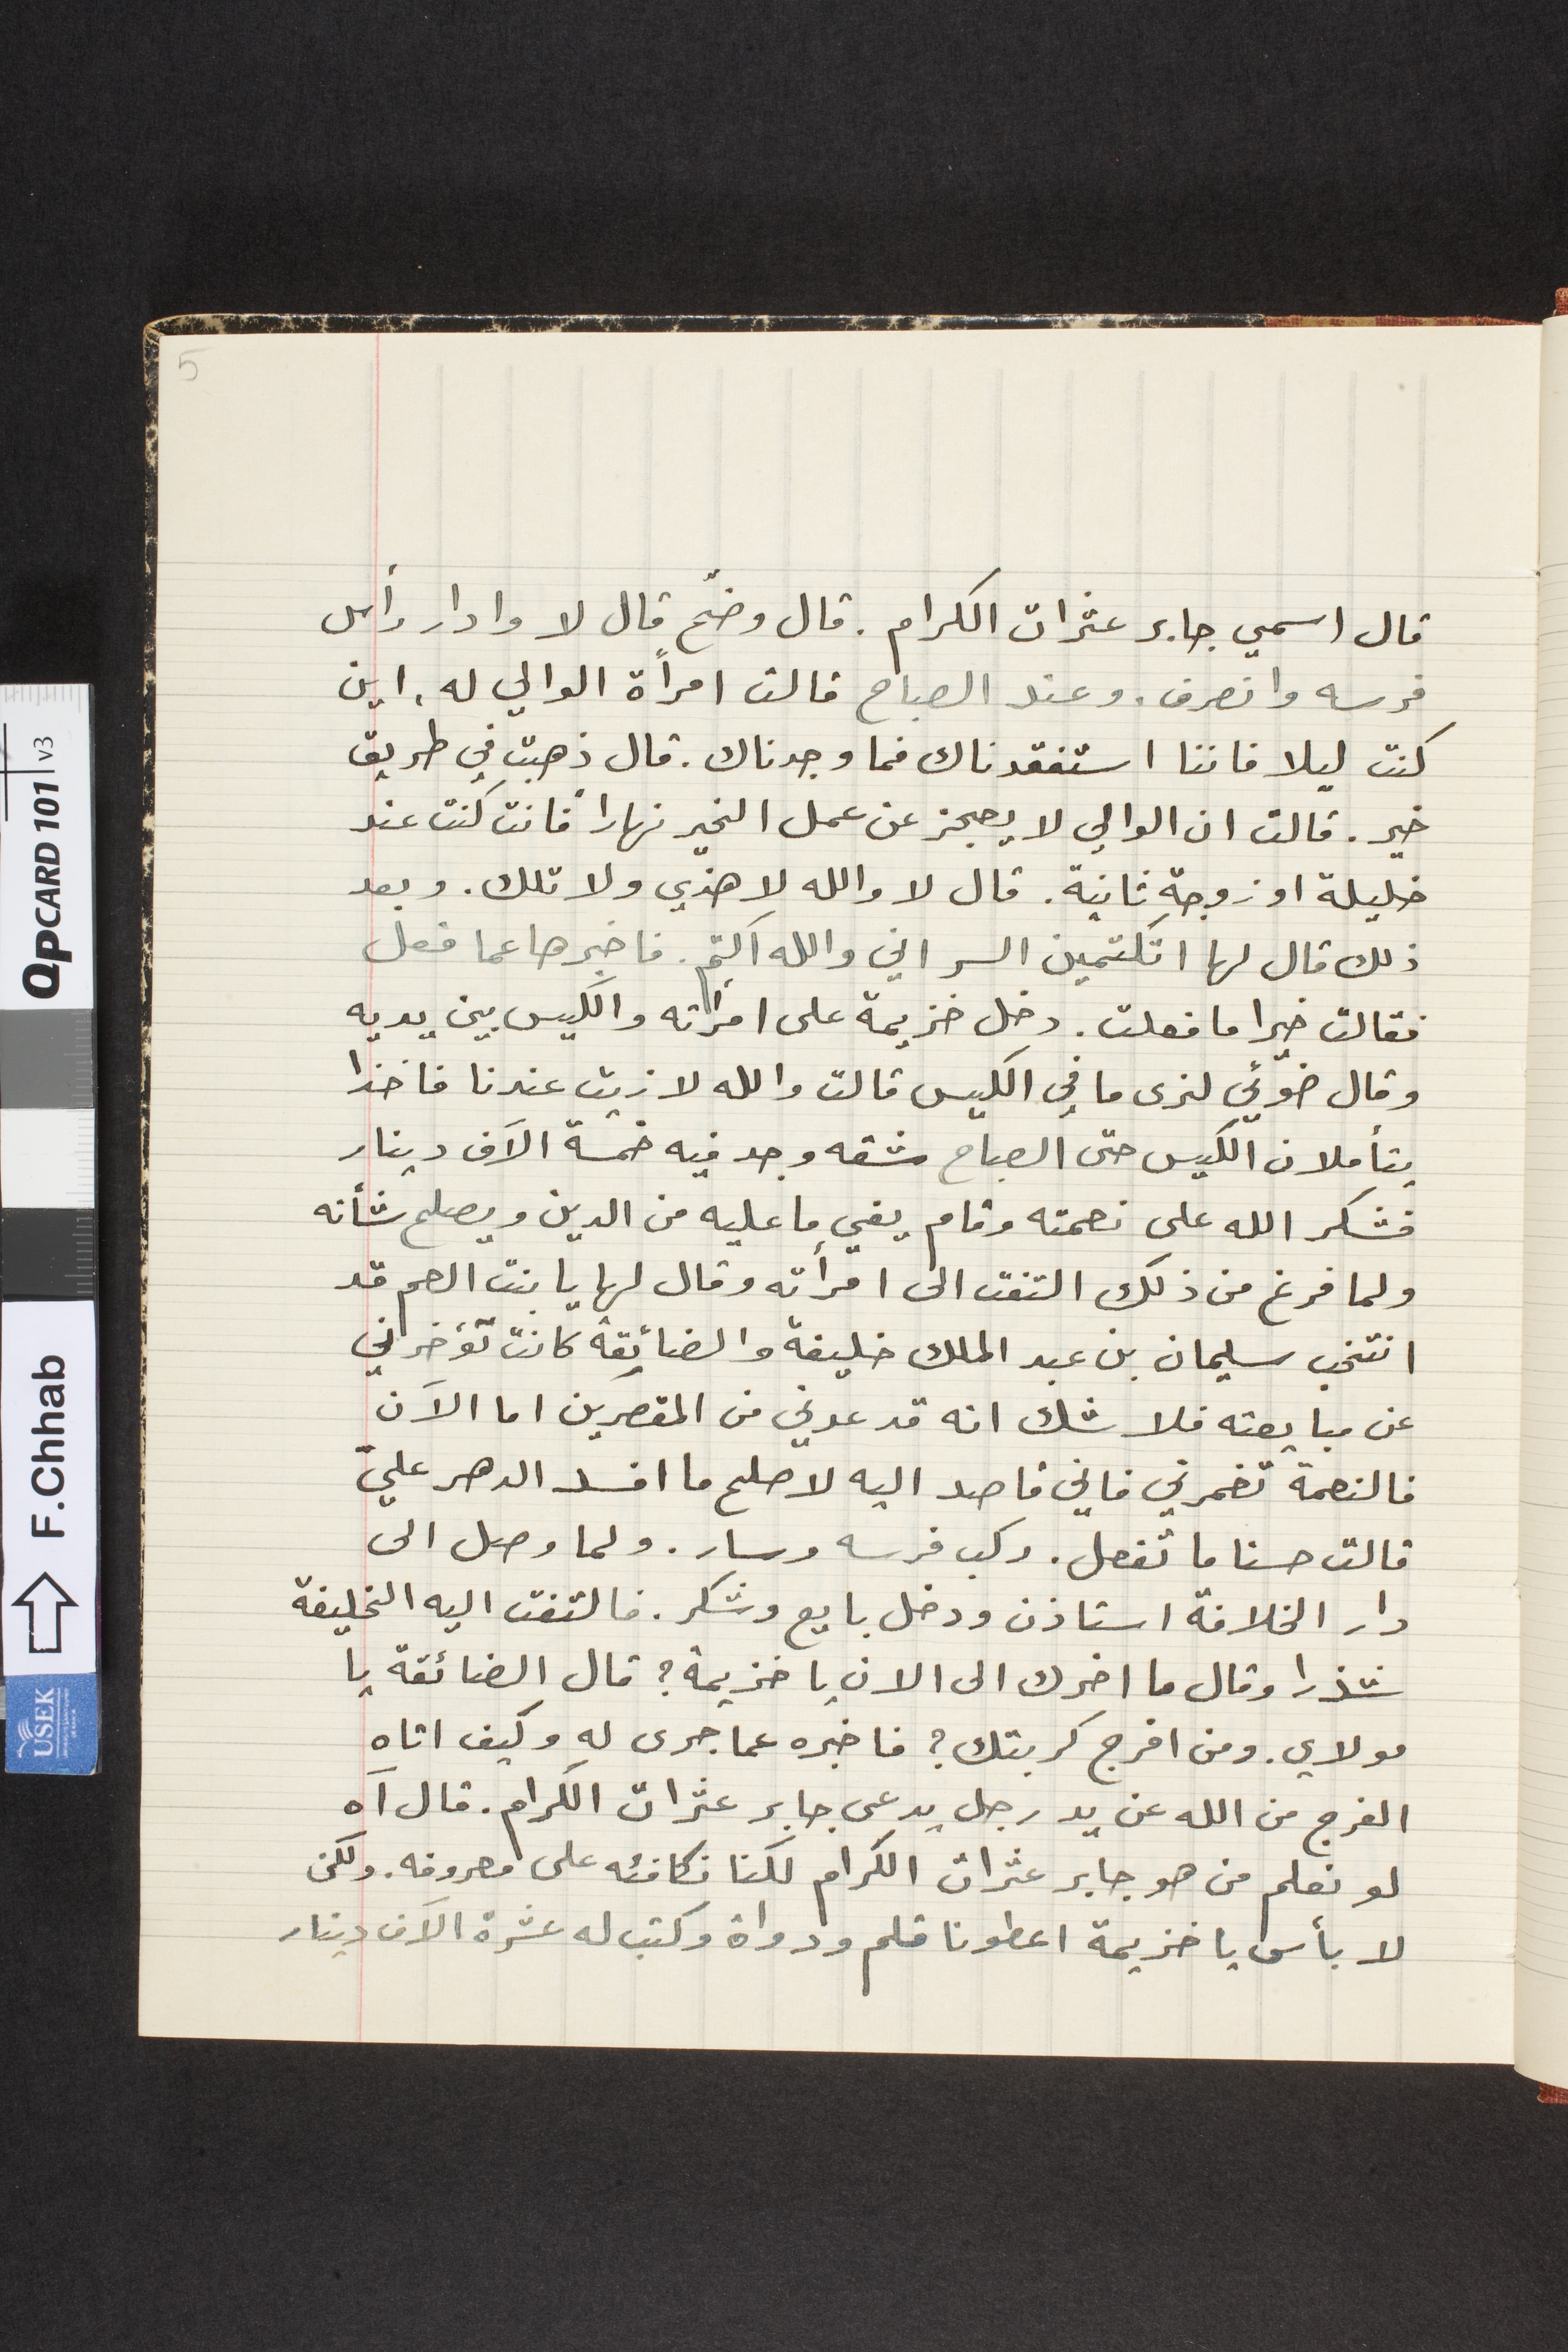
قال اسمي جابر عثرات الكرام. قال وضّح قال لا وادار رأس
فرسه وانصرف. وعند الصباح قالت امرأة الوالي له اين
كنت ليلا فاننا استفقدناك فما وجدناك . قال ذهبت في طريق
خير. قالت ان الوالي لا يعجز عن عمل الخير نهاراً فانت كنت عند
ذلك قال لها اتكتمين السر والله اكتم. فاخبرها عما فعل
فقالت خيرا ما فعلت. دخل خزيمة على امراته والكيس بين يديه
وقال ضوئي لنرى ما في الكيس قالت والله لا زيت عندنا فاخذا
يتأملان الكيس حتى الصباح شقه وجد فيه خمسة الاَف دينار
فشكر الله على نعمته وقام يفي ما عليه من الدين ويصلح شأنه
ولما فرغ من ذلك التفت الى امرأته وقال لها يا بنت العم قد
انتخب سليمان بن عبد الملك خليفة والضائقة كانت تؤخرني
عن مبايعته فلا شك انه قد عدني من المقصرين اما الاَن
فالنعمة تغمرني فاني قاصد اليه لاصلح ما افسد الدهر عليّ
قالت حسنا ما تفعل. ركب فرسه وسار. ولما وصل الى
دار الخلافة استاذن ودخل بايع وشكر. فالتفت اليه الخليفة
شذرا وقال ما اخرك الى الانِ يا خزيمة؟ قال الضائقة يا
مولاي. ومن افرج كربتك؟ فاخبره عما جرى له وكيف اتاه
الفرج من الله عن يد رجل يدعى جابر عثرات الكرام. قال آه
لو نعلم من هو جابر عثرات الكرام لكنا نكافئه على معروفه. ولكن
لا بأس يا خزيمة اعطونا قلم ودواة وكتب له عشرة الاَف دينار
خليلة او زوجة ثانية. قال لا والله لا هذي ولا تلك. وبعد